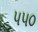
૫૫૦